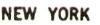
NEW YORK